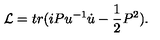
{ \cal L } = t r ( i P u ^ { - 1 } \dot { u } - \frac { 1 } { 2 } P ^ { 2 } ) .